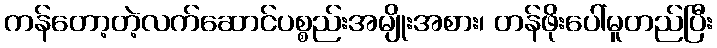
ကန်တော့တဲ့လက်ဆောင်ပစ္စည်းအမျိုးအစား၊ တန်ဖိုးပေါ်မူတည်ပြီး